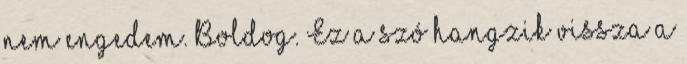
nem engedem. Boldog. Ez a szó hangzik vissza a